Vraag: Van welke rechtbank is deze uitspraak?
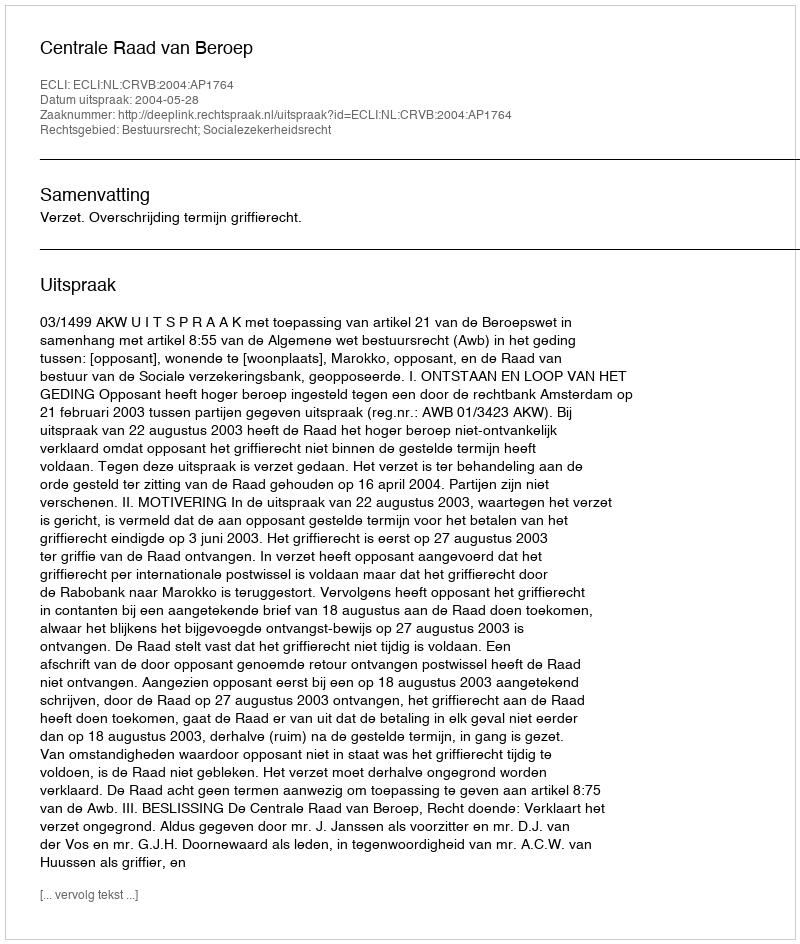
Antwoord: Centrale Raad van Beroep